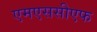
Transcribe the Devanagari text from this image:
एमएससीएफ